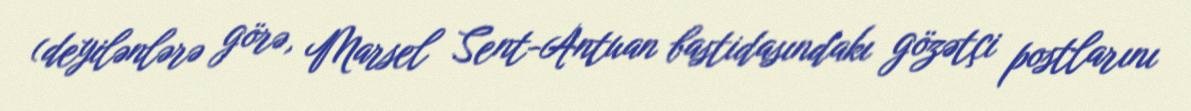
(deyilənlərə görə, Marsel Sent-Antuan bastidasındakı gözətçi postlarını